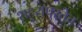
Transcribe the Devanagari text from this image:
शहरापुरतेच